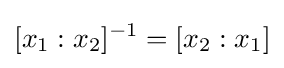
[x_{1}:x_{2}]^{-1}=[x_{2}:x_{1}]